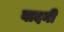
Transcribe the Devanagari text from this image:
वादनी